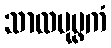
သာလပုပ္ဖကံ